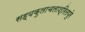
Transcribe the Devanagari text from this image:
सह्यकुलाचलाश्रितपुरे